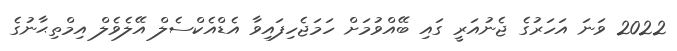
2022 ވަނަ އަހަރުގެ ޖެނުއަރީ ގައި ބޭއްވުމަށް ހަމަޖެހިފައިވާ އެޑްއެކްސެލް އޭލެވެލް އިމްތިޙާނުގެ